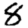
Digit: 8